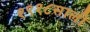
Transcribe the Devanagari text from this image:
१९१८साली